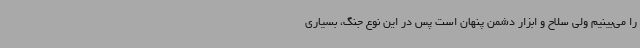
را می‌بینیم ولی سلاح و ابزار دشمن پنهان است پس در این نوع جنگ، بسیاری